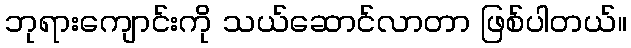
ဘုရားကျောင်းကို သယ်ဆောင်လာတာ ဖြစ်ပါတယ်။